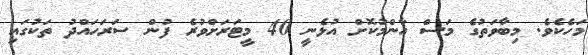
މަހެކެވެ. މިބާވަތުގެ މަސް އާންމުކޮށް އުޅެނީ 40 މީޓަރަށްވުރެ ފުން ސަރަހައްދު ތަކުގައި